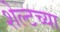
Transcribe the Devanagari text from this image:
शेल्टच्या